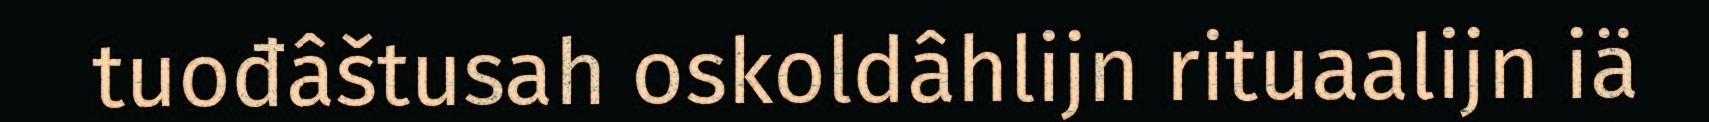
tuođâštusah oskoldâhlijn rituaalijn iä